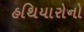
હથિયારોનો